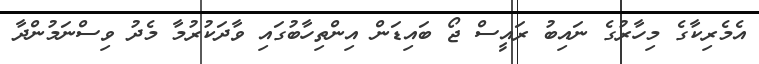
އެމެރިކާގެ މިހާރުގެ ނައިބު ރައީސް ޖޯ ބައިޑަން އިންތިހާބުގައި ވާދަކުރުމާ މެދު ވިސްނަމުންދާ